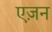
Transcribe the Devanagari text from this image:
एज़न